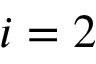
i = 2